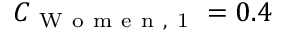
C _ { \mathrm { ~ W ~ o ~ m ~ e ~ n ~ , ~ 1 ~ } } = 0 . 4